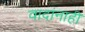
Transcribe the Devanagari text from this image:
वादांनाही